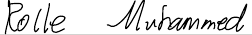
Rolle Muhammed